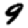
Digit: 9